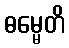
ဓမ္မေတိ